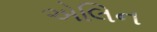
એલિન